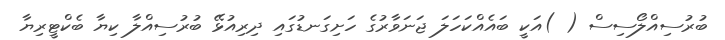
ބުރުސިއްލޯސިސް ( )އަކީ ބައެއްކަހަލަ ޖަނަވާރުގެ ހަށިގަނޑުގައި ދިރިއުޅޭ ބުރުސިއްލާ ކިޔާ ބެކްޓީރިޔާ